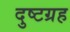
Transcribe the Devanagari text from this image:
दुष्टग्रह